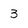
Character: 3